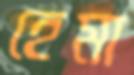
হেমা